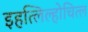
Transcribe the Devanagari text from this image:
इहत्लिल्होचित्ल